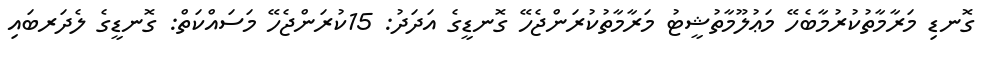
ގޮނޑި މަރާމާތުކުރުމާބެހޭ މަޢުލޫމާތުޝީޓު މަރާމާތުކުރަންޖެހޭ ގޮނޑީގެ އަދަދު: 15ކުރަންޖެހޭ މަސައްކަތް: ގޮނޑީގެ ލެދަރބައި